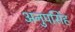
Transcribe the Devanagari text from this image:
अनुपसिंह